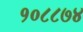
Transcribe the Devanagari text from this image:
१०८८७४